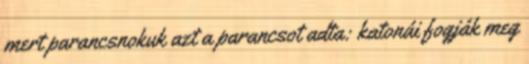
mert parancsnokuk azt a parancsot adta: katonái fogják meg